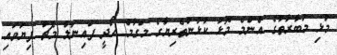
މުޅި މުބާރާތުގެ އެންމެ މޮޅު ކުޅުންތެރިޔާގެ މަގާމް ހޯދީ ފައިނަލް މެޗު ފިޔަވައި